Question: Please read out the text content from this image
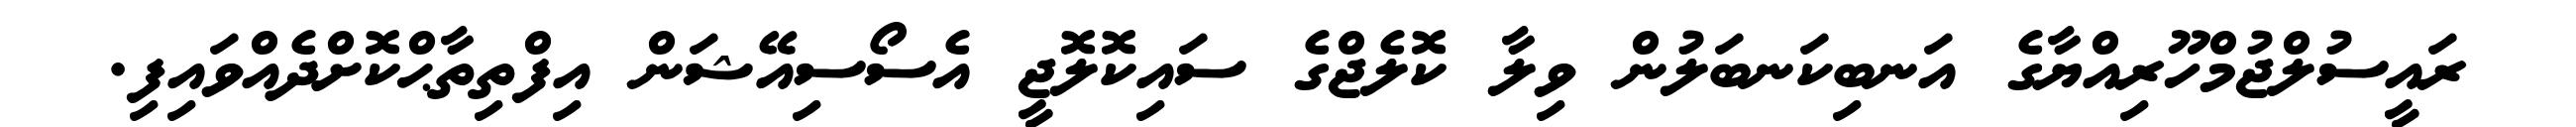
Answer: ރައީސުލްޖުމްހޫރިއްޔާގެ އަނބިކަނބަލުން ވިލާ ކޮލެޖްގެ ސައިކޮލޮޖީ އެސޯސިއޭޝަން އިފްތިތާޙްކޮށްދެއްވައިފި.